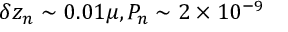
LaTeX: \delta z _ { n } \sim 0 . 0 1 \mu , P _ { n } \sim 2 \times 1 0 ^ { - 9 }